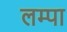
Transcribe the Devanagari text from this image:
लम्पा